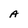
Character: A